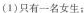
(1)只有一名女生；